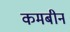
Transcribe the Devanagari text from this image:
कमबीन